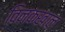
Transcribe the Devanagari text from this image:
विनकखाल